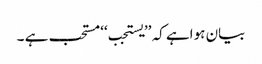
بیان ہواہے کہ ’’یستجب‘‘ مستحب ہے ۔